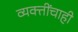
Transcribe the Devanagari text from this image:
व्यक्तींचाही